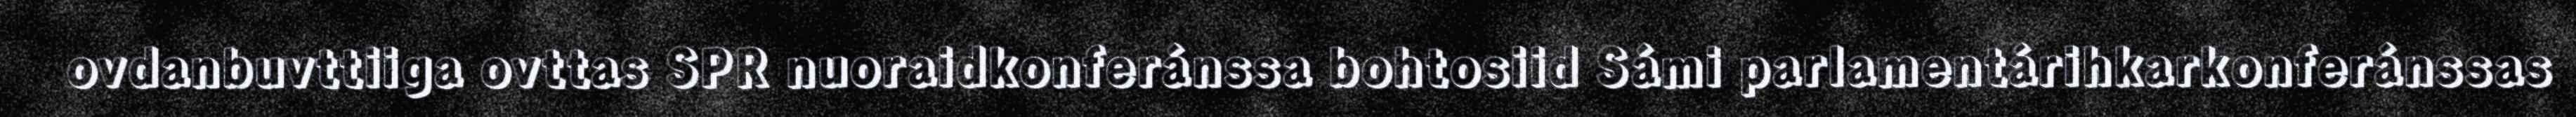
ovdanbuvttiiga ovttas SPR nuoraidkonferánssa bohtosiid Sámi parlamentárihkarkonferánssas